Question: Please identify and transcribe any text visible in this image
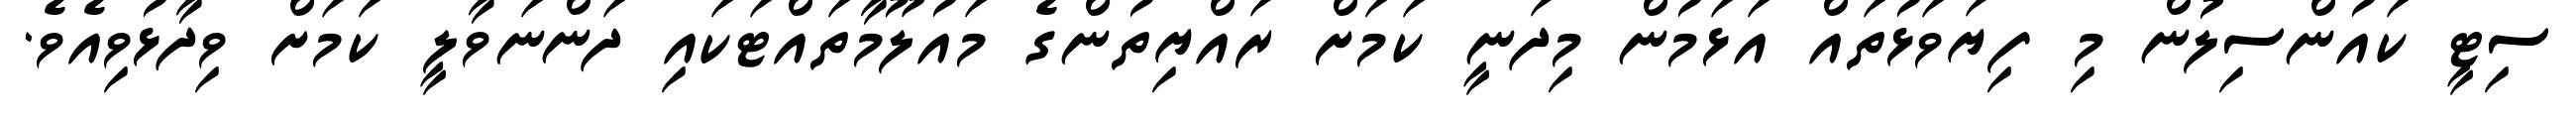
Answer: ސިޓީ ކައުންސިލުން މި ފިޔަވަޅުތައް އަޅަމުން މިދަނީ ކަމަށް ރައްޔިތުންގެ މައުލޫމާތައްޓަކައި ދަންނަވާލީ ކަމަށް ވިދާޅުވިއެވެ.